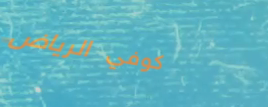
كوفي الرياض